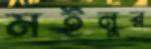
মইনুর